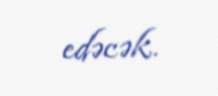
edəcək.